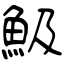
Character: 魥